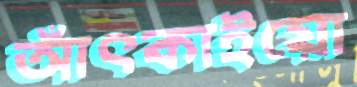
আঁৎকাইয়ো